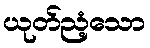
ယုတ်ညံ့သော